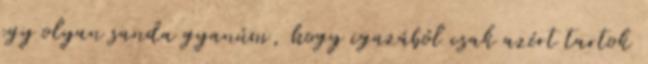
egy olyan sanda gyanúm, hogy igazából csak azért tartok